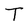
Character: T